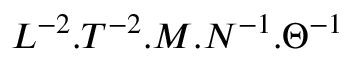
L ^ { - 2 } . T ^ { - 2 } . M . N ^ { - 1 } . \Theta ^ { - 1 }